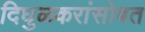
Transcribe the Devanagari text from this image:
दिघुळकरांसोबत